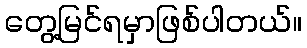
တွေ့မြင်ရမှာဖြစ်ပါတယ်။